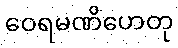
ဝေရမဏိဟေတု